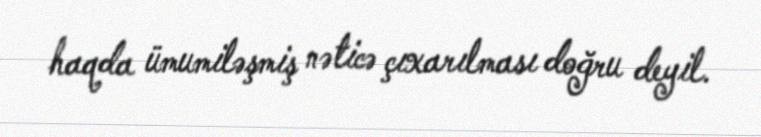
haqda ümumiləşmiş nəticə çıxarılması doğru deyil.